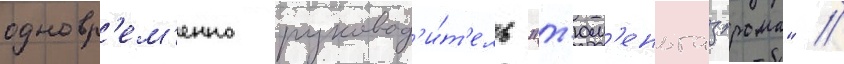
одновр'ем'енно руковод'и́т'ель "т'юм'еньгазпрома" //